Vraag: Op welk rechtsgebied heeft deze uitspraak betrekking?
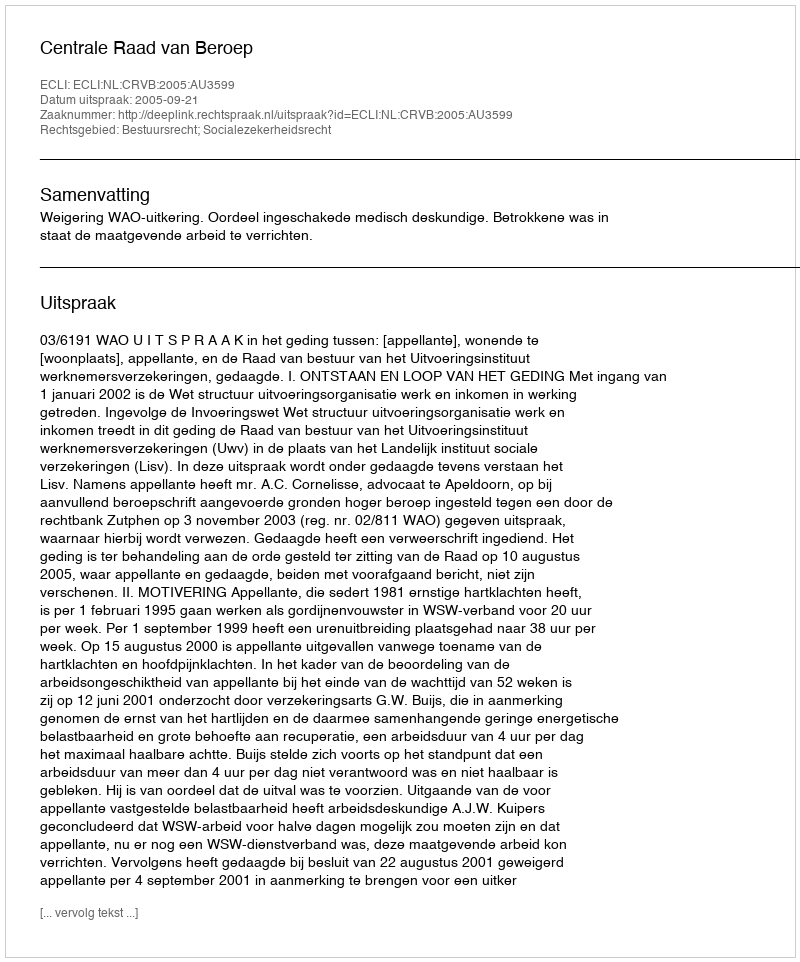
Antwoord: Bestuursrecht; Socialezekerheidsrecht